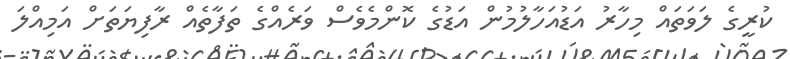
ކުރީގެ ލަވަތައް މިހާރު އަޑުއަހާލުމުން އަޑުގެ ކޮންމެވެސް ވަރެއްގެ ތަފާތެއް ރާފިޔަތަށް އަމިއްލަ